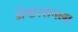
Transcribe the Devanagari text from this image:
ॲन्डरसनला